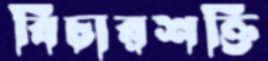
বিচারশক্তি